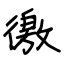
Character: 徼